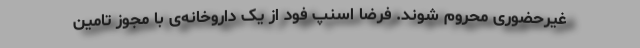
غیرحضوری محروم شوند. فرضاً اسنپ فود از یک داروخانه‌ی با مجوز تامین